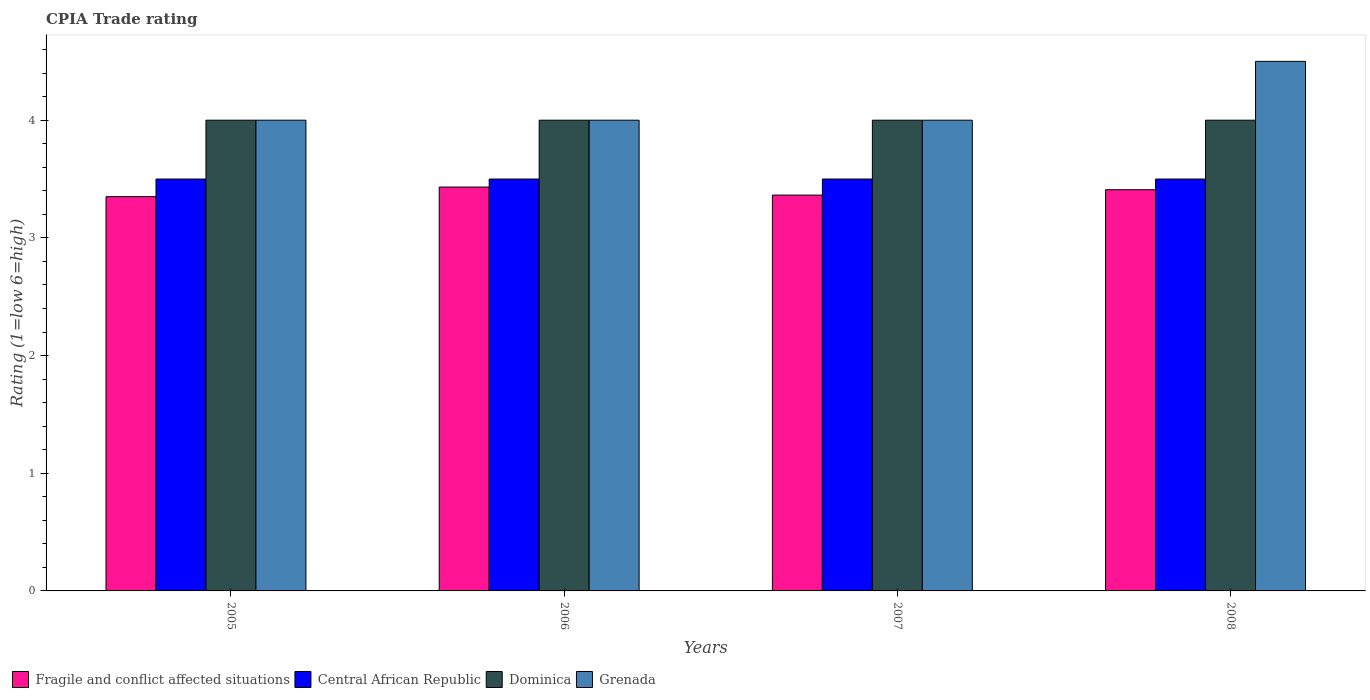
| Years | Fragile and conflict affected situations | Central African Republic | Dominica | Grenada |
 | --- | --- | --- | --- | --- |
 | 2005 | 3.35 | 3.5 | 4 | 4 |
 | 2006 | 3.43 | 3.5 | 4 | 4 |
 | 2007 | 3.36 | 3.5 | 4 | 4 |
 | 2008 | 3.41 | 3.5 | 4 | 4.5 |